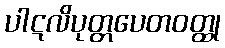
ပါဋလိပုတ္တပေတဝတ္ထု